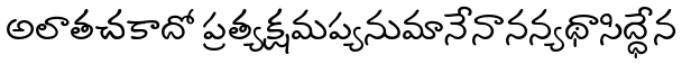
అలాతచకాదో ప్రత్యక్షమప్యనుమానేనానన్యథాసిద్ధేన